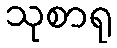
သုစာရု